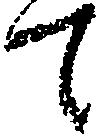
て